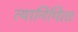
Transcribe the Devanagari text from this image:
त्‍यानिमित्‍त